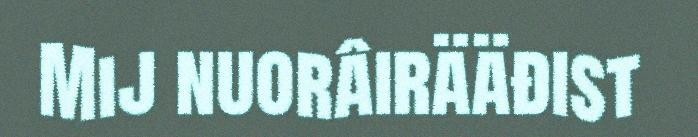
Mij nuorâirääđist